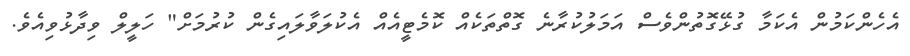
އެހެންކަމުން އެކަމާ ގުޅޭގޮތުންވެސް އަމަލުކުރާނެ ގޮތްތަކެއް ކޮމެޓީއެއް އެކުލަވާލައިގެން ކުރުމަށް" ހަލީލް ވިދާޅުވިއެވެ.